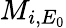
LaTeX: M_{i,E_{0}}